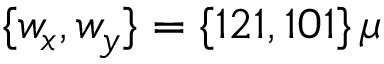
\{ w _ { x } , w _ { y } \} = \{ 1 2 1 , 1 0 1 \} \, \mu